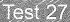
Test 27